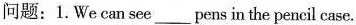
问题:1.We can see___pens in the pencil case.